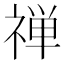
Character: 禅